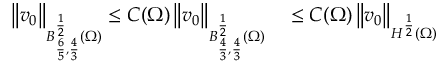
\begin{array} { r l } { \left\lVert v _ { 0 } \right\rVert _ { B _ { \frac 6 5 , \frac 4 3 } ^ { \frac 1 2 } ( \Omega ) } \le C ( \Omega ) \left\lVert v _ { 0 } \right\rVert _ { B _ { \frac 4 3 , \frac 4 3 } ^ { \frac 1 2 } ( \Omega ) } } & { { } \le C ( \Omega ) \left\lVert v _ { 0 } \right\rVert _ { H ^ { \frac 1 2 } ( \Omega ) } } \end{array}